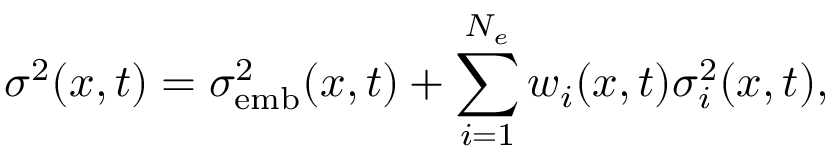
\sigma ^ { 2 } ( x , t ) = \sigma _ { \mathrm { e m b } } ^ { 2 } ( x , t ) + \sum _ { i = 1 } ^ { N _ { e } } w _ { i } ( x , t ) \sigma _ { i } ^ { 2 } ( x , t ) ,